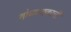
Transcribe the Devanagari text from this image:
शोधपथकाची